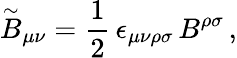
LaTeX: \stackrel{\sim}{B}_{\mu\nu}=\frac{1}{2}\, \epsilon_{\mu\nu\rho\sigma}\, B^{\rho\sigma}\, ,